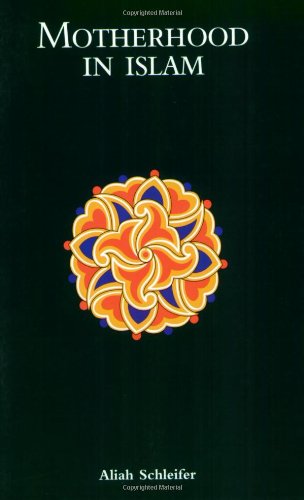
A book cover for Motherhood in Islam; Aliah Schleifer; Religion & Spirituality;